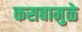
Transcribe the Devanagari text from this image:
कसबामुळे